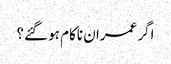
اگر عمران ناکام ہو گئے؟